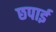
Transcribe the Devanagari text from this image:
छपार्इ